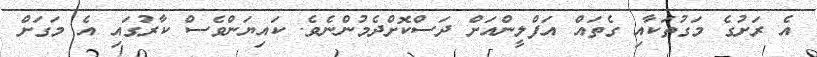
އެ ރަށުގެ މަގުތަކާއި ގެތައް އަފްލީންއަށް ދަސްކޮށްދެމުންނެވެ. ކައިޔަންވެސް ކާރުގައި އެ މަގަށް